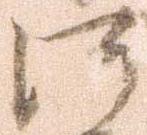
河